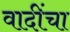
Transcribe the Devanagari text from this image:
वादींचा